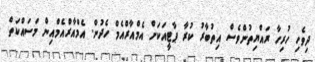
ދިވެހި ހުރިހާ ރައްޔިތުންވެސް އިތުބާރު ކުރާ ޕާޓީއަކަށް އެމްއާރްއެމް ހެދުން. އެމްއާރްއެމްއިން މަސައްކަތް